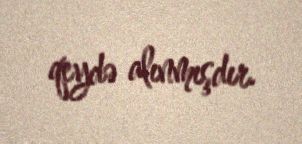
qeydə alınmışdır.